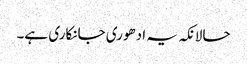
حالانکہ یہ ادھوری جانکاری ہے۔